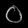
Digit: ၀